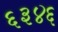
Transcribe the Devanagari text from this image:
६३४६